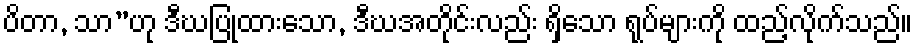
ပိတာ, သာ”ဟု ဒီဃပြုထားသော, ဒီဃအတိုင်းလည်း ရှိသော ရုပ်များကို ထည့်လိုက်သည်။